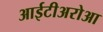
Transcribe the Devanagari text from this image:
आईटीअरोआ